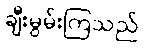
ချီးမွမ်းကြသည်